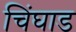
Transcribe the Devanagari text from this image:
चिंघाड